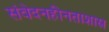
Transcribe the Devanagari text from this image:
संवेदनहीनताशास्त्र